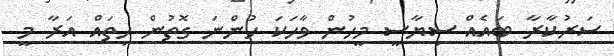
ސަރުކާރާ ބައެއް ސިޔާސީ މީހުން ވާހަކަ ހުންނަ ގޮތުން ހިތައް އަރާ މީ